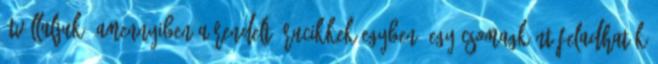
átvállaljuk, amennyiben a rendelt árucikkek egyben, egy csomagként feladhatók